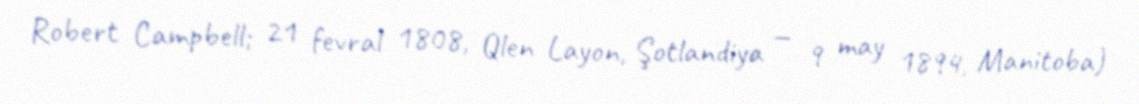
Robert Campbell; 21 fevral 1808, Qlen Layon, Şotlandiya — 9 may 1894, Manitoba)